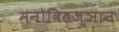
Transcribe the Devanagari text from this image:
मनोवितज्ञान